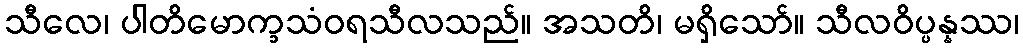
သီလေ၊ ပါတိမောက္ခသံဝရသီလသည်။ အသတိ၊ မရှိသော်။ သီလဝိပ္ပန္နဿ၊